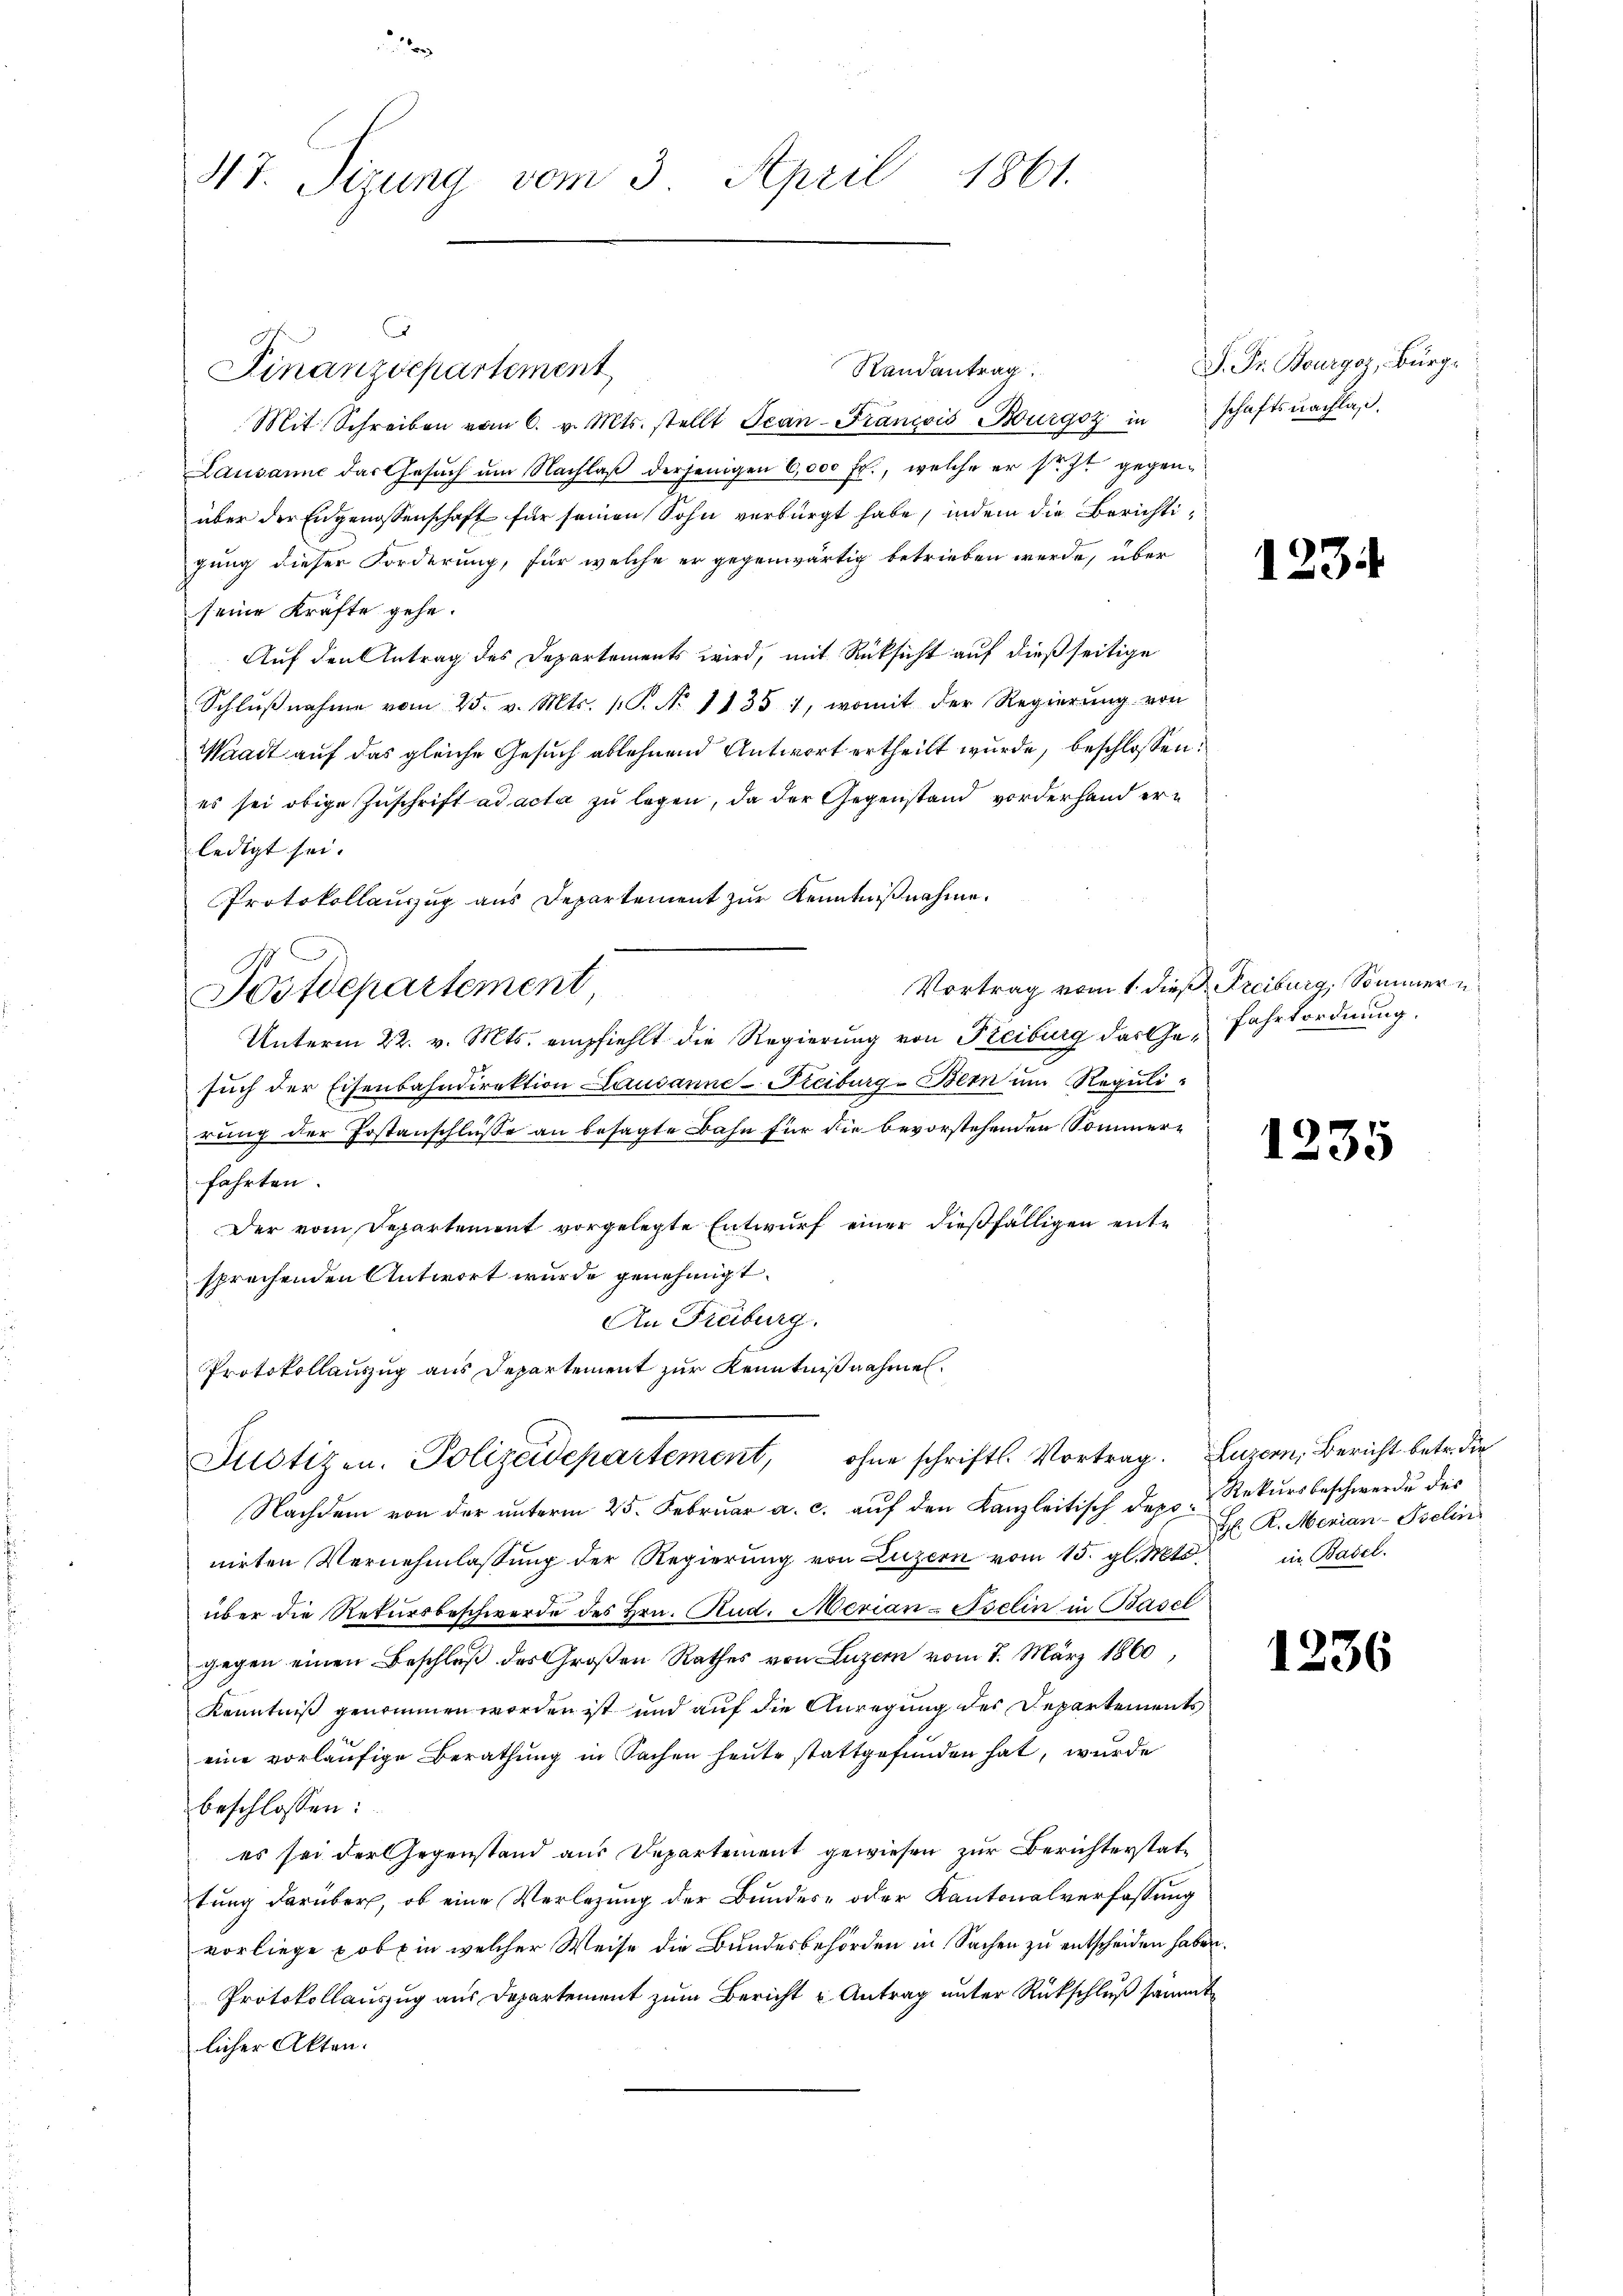
4t. Tizung vom 3. April 1861.

Finanzdepartement,

Mit Schreiben vom 6. v. Mts. stellt Jean-Francois Bourgoz in
Lausanne das Gesŭch ŭm Nachlaβ derjenigen 6,000 Fr., welche er sicht gegenüber der Eidgenossenschaft für seinen Sohn verbürgt habe, indem die Berichtigung dieser Forderung, für welche er gegenwärtig betrieben werde, über
seine Kräfte gehe.
Auf den Antrag des Departements wird, mit Rücksicht auf dießseitige
Schlŭβnahme vom 25. v. Mts. 1. No 1135 1, womit der Regierŭng von
Waadt auf das gleiche Gesuch ablehnend Antwort ertheilt wurde, beschlossen:
es sei obige Zuschrift ad acta zu legen, da der Gegenstand vorderhand erledigt sei.
Protokollauszug aus Departement zur Kenntnißnahme.
Postdepartement
Unterm 22. v. Mts. empfiehlt die Regierung von Freiburg das Ge- Fahrtordnŭng.
98
such der Eisenbahndirektion Lausanne-Freiburg-Bern um Regulirung der Postanschlüsse an besagte Bahn für die bevorstehenden Sommerfahrten.
Der vom Departement vorgelegte Entwurf einer dießfälligen entsprechenden Antwort wurde genehmigt.
An Freiburg.
Protokollauszug aus Departement zur Kenntnißnahmen.
Justizen. Polizeidepartement, ohne schriftl. Vortrag. Luzern, Bericht betr. die
Nachdem von der unterm 25. Februar a. c. auf den Kanzleitisch Deponirten Vernehmlassung der Regierung von Luzern vom 15. gl. Mts.
über die Rekursbeschwerde des Hrn. Rud. Merian-Iselin in Basel
gegen einen Beschluß des Großen Rathes von Luzern vom 7. März 1860,
Kenntniß genommen worden ist und auf die Anregung des Departements
eine vorläufige Berathung in Sachen heute stattgefunden hat, wurde
beschlossen:
es sei der Gegenstand aus Departement gewiesen zur Berichterstattung darüber, ob eine Verlegung der Bundes- oder Kantonalverfassung
vorliege pobt in welcher Weise die Bundesbehörden in Sachen zu entscheiden habe
Protokollauszug aus Departement zum Bericht u Antrag unter Rückschluß sämmt
licher Akten.

Randantrag

S. Fr. Bourgoz, Bürgschaftsnachlaß.

125

Vortrag vom 1. dieß Freiburg, Sommern

1235

Rekursbeschwerde des
H. R. Merian-Iselin
in Basel.

1236